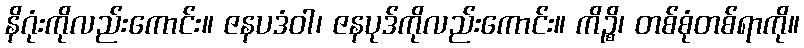
နိဂုံးကိုလည်းကောင်း။ ဇနပဒံဝါ၊ ဇနပုဒ်ကိုလည်းကောင်း။ ကိဉ္စိ၊ တစ်စုံတစ်ရာကို။